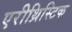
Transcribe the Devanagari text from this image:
एरीथ्रिस्टिक